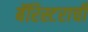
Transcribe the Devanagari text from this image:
बॅरिस्टराची